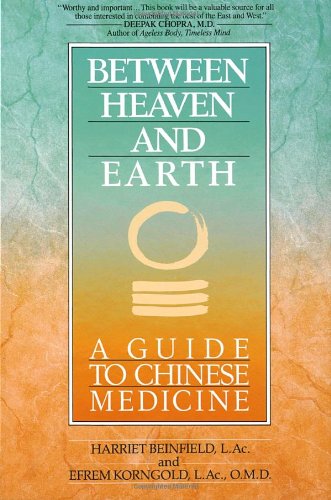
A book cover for Between Heaven and Earth: A Guide to Chinese Medicine; Harriet Beinfield; Medical Books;